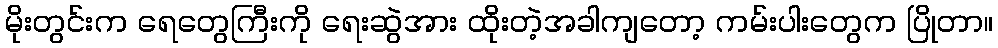
မိုးတွင်းက ရေတွေကြီးကို ရေးဆွဲအား ထိုးတဲ့အခါကျတော့ ကမ်းပါးတွေက ပြိုတာ။